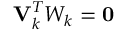
\mathbf { V } _ { k } ^ { T } W _ { k } = \mathbf { 0 }